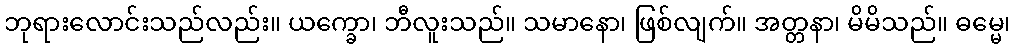
ဘုရားလောင်းသည်လည်း။ ယက္ခော၊ ဘီလူးသည်။ သမာနော၊ ဖြစ်လျက်။ အတ္တနာ၊ မိမိသည်။ ဓမ္မေ၊